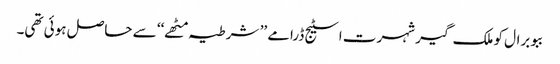
ببو برال کو ملک گیر شہرت اسٹیج ڈرامے ’’ شرطیہ مٹھے‘‘ سے حاصل ہوئی تھی۔